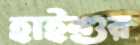
হাইশুর